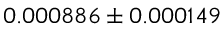
0 . 0 0 0 8 8 6 \pm 0 . 0 0 0 1 4 9